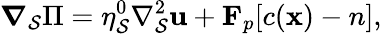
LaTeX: \boldsymbol{\nabla}_{\mathcal{S}}\Pi=\eta_{\mathcal{S}}^{0}\nabla_{\mathcal{S}}^{2}\mathbf{{u}}+\mathbf{{F}}_{p}[c(\mathbf{{x}})-n],